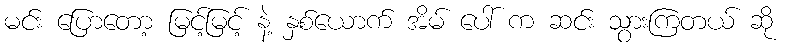
မင်း ပြောတော့ မြင့်မြင့် နဲ့ နှစ်ယောက် အိမ် ပေါ် က ဆင်း သွားကြတယ် ဆို